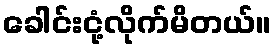
ခေါင်းငုံ့လိုက်မိတယ်။